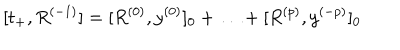
[ t _ { + } , R ^ { ( - 1 ) } ] = [ R ^ { ( 0 ) } , y ^ { ( 0 ) } ] _ { 0 } + \ldots + [ R ^ { ( p ) } , y ^ { ( - p ) } ] _ { 0 }